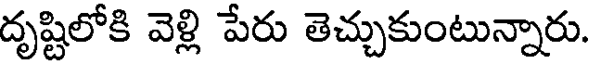
దృష్టిలోకి వెళ్లి పేరు తెచ్చుకుంటున్నారు.